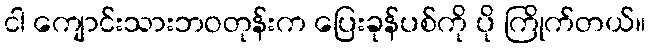
ငါ ကျောင်းသားဘဝတုန်းက ပြေးခုန်ပစ်ကို ပို ကြိုက်တယ်။